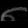
Digit: ၈